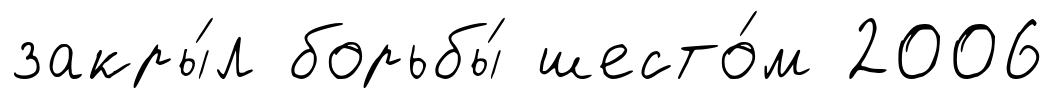
закры́л борьбы́ шесто́м 2006